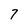
Character: 7